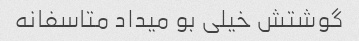
گوشتش خیلی بو میداد متاسفانه